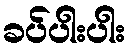
ခပ်ပါးပါး